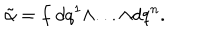
{ \tilde { \alpha } } = f ~ d q ^ { 1 } \wedge . . . \wedge d q ^ { n } .